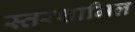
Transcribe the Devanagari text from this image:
स्तरशामिल